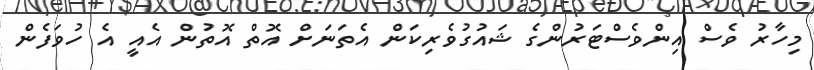
މިހާރު ވެސް އިންވެސްޓަރުންގެ ޝައުގުވެރިކަން އެތަނަށް އޮތް އޮތުން އެއީ އެ ހުވަފެން